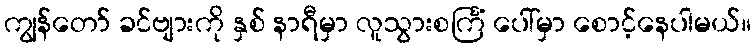
ကျွန်တော် ခင်ဗျားကို နှစ် နာရီမှာ လူသွားစင်္ကြံ ပေါ်မှာ စောင့်နေပါမယ်။